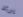
يرتد